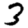
Digit: 3